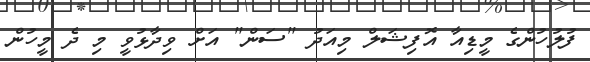
ފުލުހުންގެ މީޑިއާ އޮފިޝަލް މިއަދު "ސަން" އަށް ވިދާޅުވީ މި ދެ މީހުން